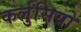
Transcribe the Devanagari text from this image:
कर्लुसियो